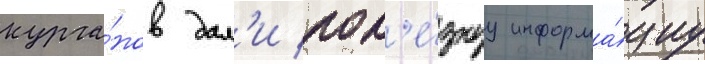
курга́нов дал'и пол'е́знуу информа́циу